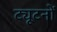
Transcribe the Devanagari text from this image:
ट्यूटनों